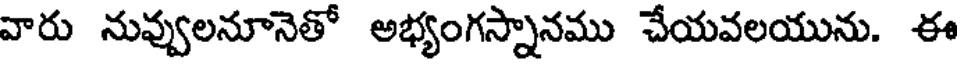
వారు నువ్వులనూనెతో అభ్యంగస్నానము చేయవలయును. ఈ